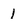
Character: 1